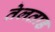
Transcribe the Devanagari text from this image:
तेलताड